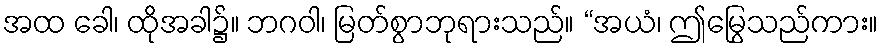
အထ ခေါ၊ ထိုအခါ၌။ ဘဂဝါ၊ မြတ်စွာဘုရားသည်။ “အယံ၊ ဤမြွေသည်ကား။